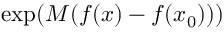
\exp ( M ( f ( x ) - f ( x _ { 0 } ) ) )